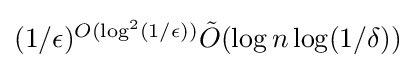
\textstyle (1/\epsilon )^{O(\log ^{2}(1/\epsilon ))}{\tilde {O}}(\log n\log(1/\delta ))